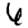
Digit: 6